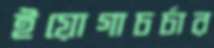
ইয়োগাচর্চার